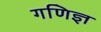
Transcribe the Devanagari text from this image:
गणिज्ञ